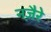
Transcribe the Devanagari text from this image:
नज़ैरे